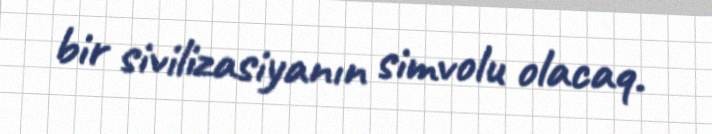
bir sivilizasiyanın simvolu olacaq.